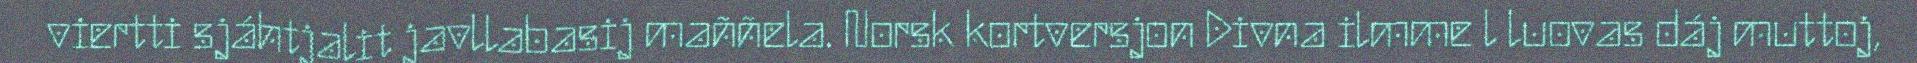
viertti sjáhtjalit javllabasij maññela. Norsk kortversjon Divna ilmme l luovas dáj muttoj,